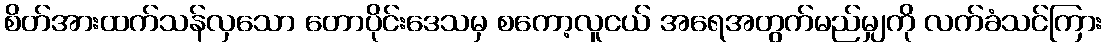
စိတ်အားထက်သန်လှသော တောပိုင်းဒေသမှ စကော့လူငယ် အရေအတွက်မည်မျှကို လက်ခံသင်ကြား